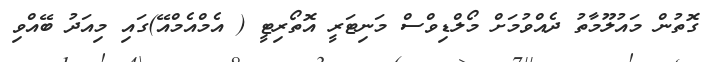
ގޮތުން މައުލޫމާތު ދެއްވުމަށް މޯލްޑިވްސް މަނިޓަރީ އޮތޯރިޓީ ( އެމްއެމްއޭ)ގައި މިއަދު ބޭއްވި